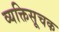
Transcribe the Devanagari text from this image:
व्यक्तिसूचक